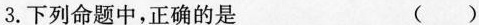
3.下列命题中，正确的是 ()